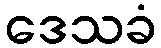
ဒေသခံ